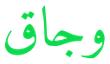
وجاق